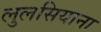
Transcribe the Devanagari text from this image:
लुलसियाना